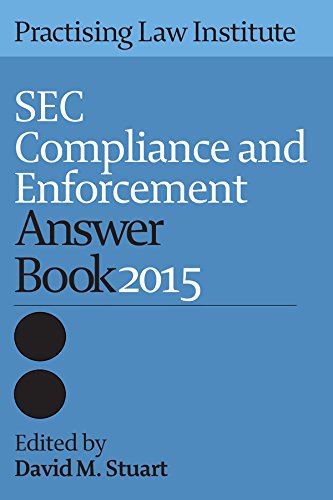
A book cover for SEC Compliance and Enforcement Answer Book 2015; David M. Stuart; Law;